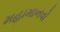
મહામાનવો